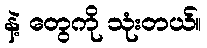
နဲ့ တွေကို သုံးတယ်။